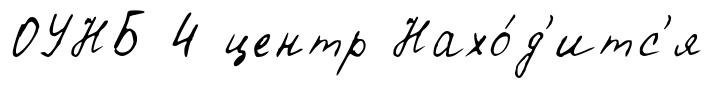
ОУНБ 4 центр Нахо́д'итс'я